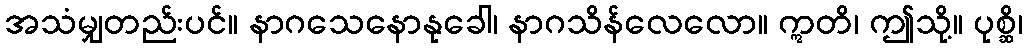
အသံမျှတည်းပင်။ နာဂသေနောနုခေါ၊ နာဂသိန်လေလော။ ဣတိ၊ ဤသို့။ ပုစ္ဆိ၊